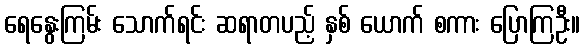
ရေနွေးကြမ်း သောက်ရင်း ဆရာတပည့် နှစ် ယောက် စကား ပြောကြဦး။